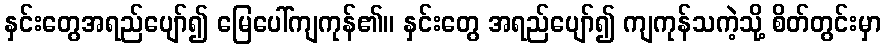
နှင်းတွေအရည်ပျော်၍ မြေပေါ်ကျကုန်၏။ နှင်းတွေ အရည်ပျော်၍ ကျကုန်သကဲ့သို့ စိတ်တွင်းမှာ